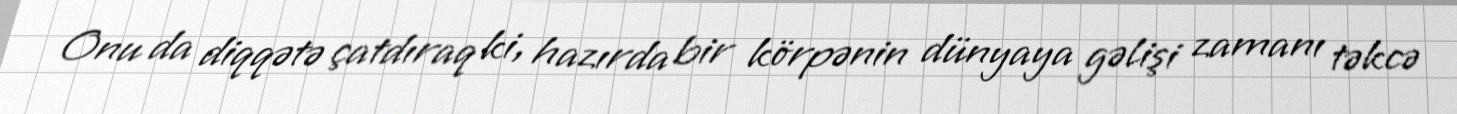
Onu da diqqətə çatdıraq ki, hazırda bir körpənin dünyaya gəlişi zamanı təkcə